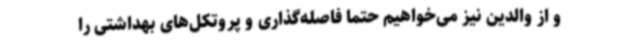
و از والدین نیز می‌خواهیم حتما فاصله‌گذاری و پروتکل‌های بهداشتی را